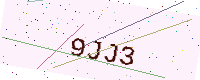
Text: 9JJ3